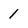
Character: 1